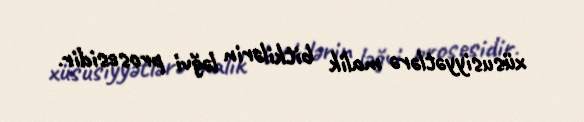
xüsusiyyətlərə malik bitkilərin ləğvi prosesidir.